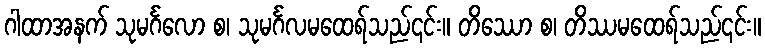
ဂါထာအနက် သုမင်္ဂလော စ၊ သုမင်္ဂလမထေရ်သည်၎င်း။ တိဿော စ၊ တိဿမထေရ်သည်၎င်း။